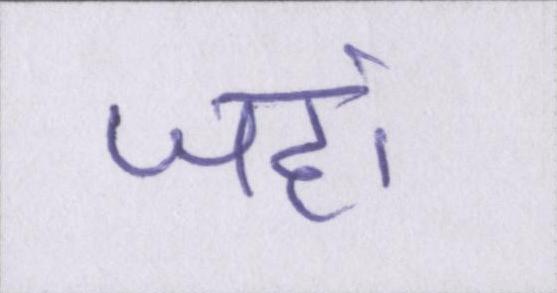
जहां